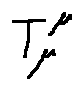
T _ { \mu } ^ { \mu }